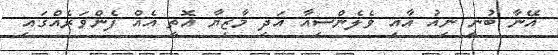
އޭނާ ބުނީ ނިއު އާއި ވެލެންސިއާ އަދި މާޒިޔާ އޮތީ އެއް ފެންވަރެއްގައި